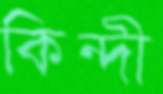
কিন্দী